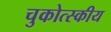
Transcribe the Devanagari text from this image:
चुकोत्स्कीय